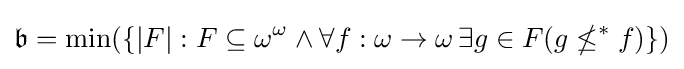
{\mathfrak {b}}=\min(\{|F|:F\subseteq \omega ^{\omega }\land \forall f:\omega \to \omega \,\exists g\in F(g\nleq ^{*}f)\})